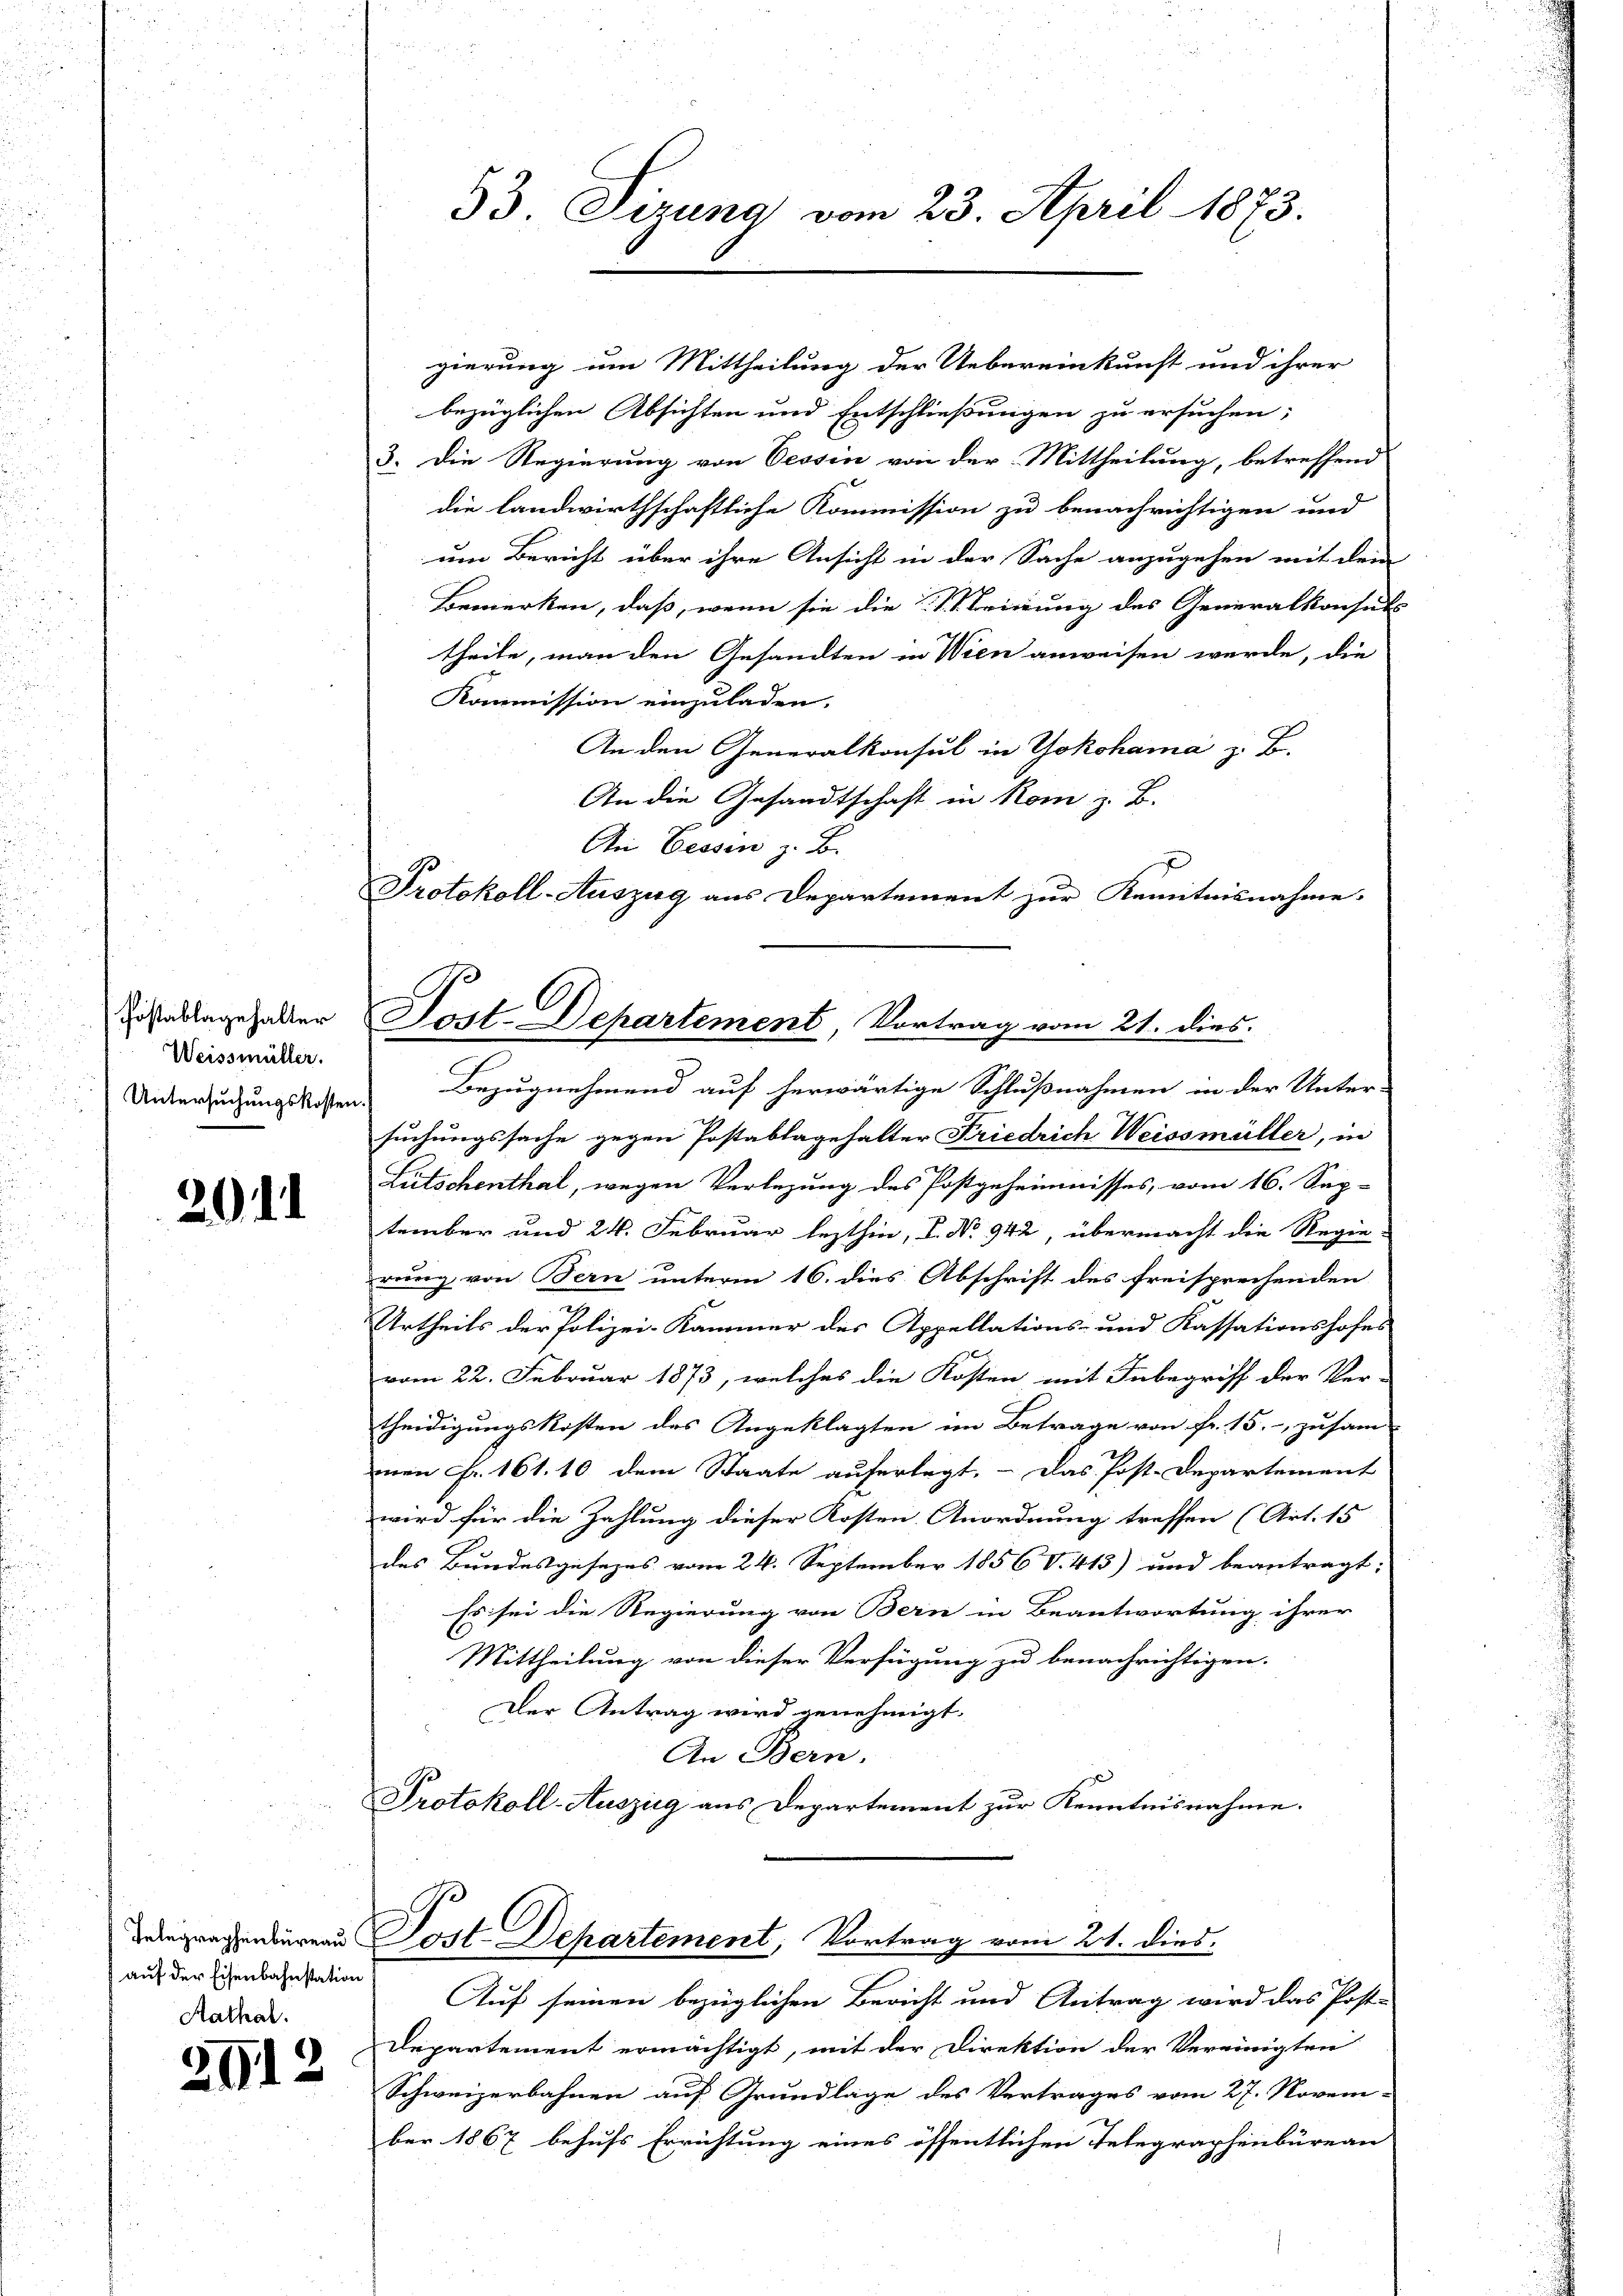
Postablagehalter
Weissmüller.
Untersuchungskosten

201

auf der Eisenbahnstation
Aathal.

29)

3

gierung um Mittheilung der Uebereinkunft und ihrer
bezüglichen Absichten und Entschließungen zu ersuchen;
3. Die Regierung von Cessin von der Mittheilung, betreffend
die landwirthschaftliche Kommission zu benachrichtigen und
um Bericht über ihre Ansicht in der Sache anzugehen mit dem
Bemerken, daß, wenn sie die K. K. K. Trinung des Generalkonsuls
theile, man den Gesandten in Wien anweisen werde, die
Kommission einzuladen.
An den Generalkonsul in Yokohama z. B.
An die Gesandtschaft in Rom z. B.
An Bessen z. B.
Protokoll-Auszug aus Departement zur Kenntnisnahme.
F
Bezugnehmend auf herwärtige Schlußnahmen in der Unter-
suchungssache gegen Postablagehalter Friedrich Weissmüller, in
Lütschenthal, wegen Verlegung des Postgeheimnisses, vom 16. Sep-
tember und 24. Februar lezthin, L. No 942, übermacht die Regie-
rung von Bern unterm 16. dies Abschrift des freisprechenden
Urtheils der Polizei-Kammer des Appellations- und Kassationshofes
vom 22. Februar 1873, welches die Kosten mit Inbegriff der Ver-
theidigungskosten des Angeklagten im Betrage von fr. 15. zusam
men Fr. 161. 10 dem Staate auferlegt. - Das Post-Departement
wird für die Zahlung dieser Kosten Anordnung treffen (Art. 15
des Bundesgesezes vom 24. September 1856 V. 413) und beantragt:
Es sei die Regierung von Bern in Beantwortung ihrer
Mittheilung von dieser Verfügung zu benachrichtigen.
Der Antrag wird genehmigt.
An Bern,
Protokoll-Auszug aus Departement zur Kenntnisnahme.
Tangregenderen Post-Departement, Vortrag vom 21. dies
Auf seinen bezüglichen Bericht und Antrag wird das Post-
Departement ermächtigt, mit der Direktion der Vereinigten
Schweizerbahnen auf Grundlage des Vertrages vom 27. Novem-
ber 1867 behufs Errichtung eines öffentlichen Telegraphenbureau

33. Tizung vom 23. April 1873.

Sost. Departement, Vortrag vom 21. dies